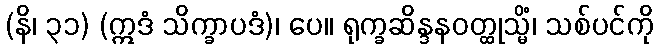
(နိ၊ ၃၁) (ဣဒံ သိက္ခာပဒံ)၊ ပေ။ ရုက္ခဆိန္ဒနဝတ္ထုသ္မိံ၊ သစ်ပင်ကို